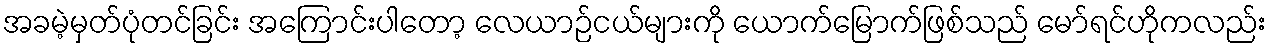
အခမဲ့မှတ်ပုံတင်ခြင်း အကြောင်းပါတော့ လေယာဉ်ငယ်များကို ယောက်မြောက်ဖြစ်သည် မော်ရင်ဟိုကလည်း